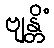
ဗျန္တိံ